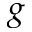
g